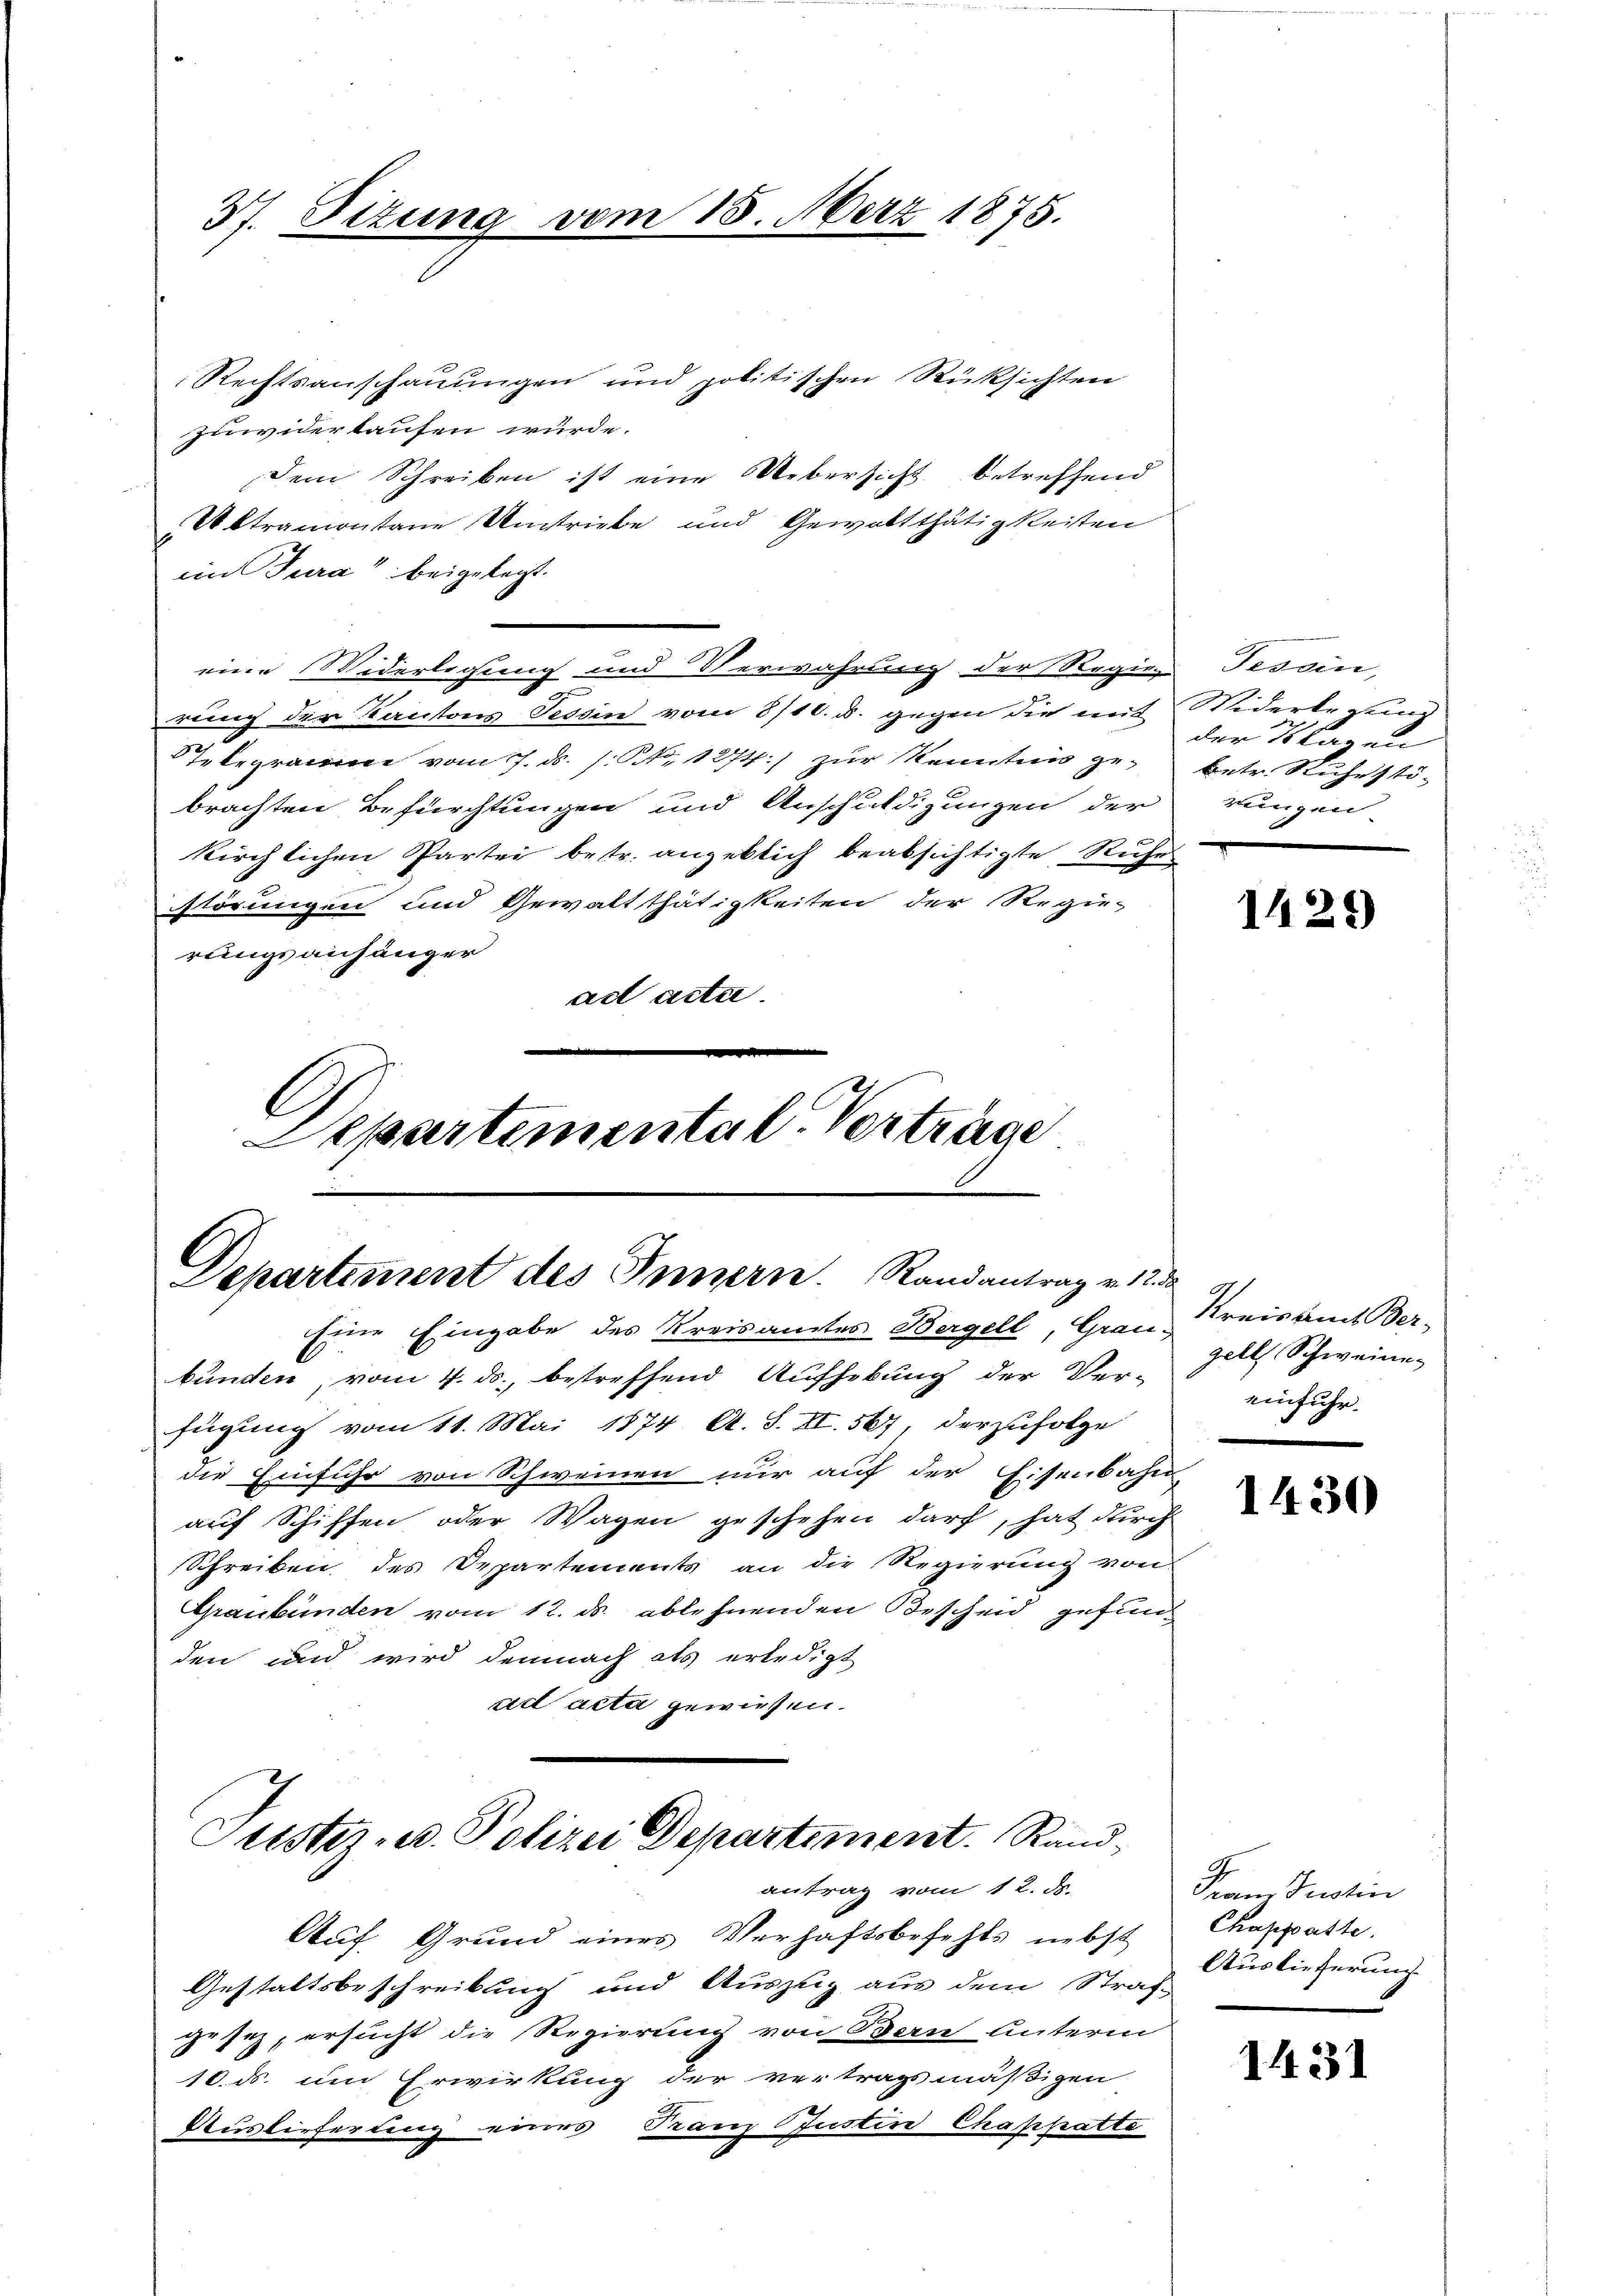
37. Dezun

im 15. März 1875.

Rechtsanschauungen und politischen Rücksichten
zuwiderkaufen würde.
Dem Schreiben ist eine Uebersicht betreffend
Aktramontane Umtriebe und Gewaltthätigkeiten
ein Tura“ beigelegt.
eine Widerlegung und Verwahrung der Regier Tessin,
rung der Kantons Tessin vom 8/10. d. gegen die mit Widerte und
tbegramme vom 7. ds. s. S. 1274) zur Kenntnis gebrachten Befürchtungen und Anschuldigungen der rungen
kirchlichen Partei betr. angeblich beabsichtigte Ruhe
Störungen und Gewaltthätigkeiten der Regie-
rungsanhänger
ad acta.
l
Departemental. Vorträge

Departement des Innern. Randantrag v. 12.
Eine Eingabe des Kreisamtes Bergell, Grau-

bunden, vom 4. ds., betreffend Aufhebung der Ver-
fügung vom 11. Mai 1874 A. S. II. 567, derzufolge
die Einfuhr von Schweinen nur auf der Eisenbahn
auf Schiffen oder Wagen geschehen darf, hat durch
Schreiben des Departements an die Regierung von
Graubünden vom 12. ds. ablehnenden Bescheid gefunden und wird demnach als erledigt
ad acta gewiesen.
Puster- u. Polizei Departement. Rand
antrag vom 12. ds.
Auf Grund eines Verhaftsbefehls nebst
Gestaltsbeschreibung und Auszug aus dem Straf-
gesez, ersucht die Regierung von Bern Unterm
10. ds. um Erwirkung der vertragsmäßigen
Auslieferlang eines Franz Justin Chaphatte

der Klagen
betr. Ruhestö-
r

1429)

.
Kreisamt Ber-
zell Schweine
einfuhr.

1430

d
ram Justin
Chappaste.
Auslieferung

1431